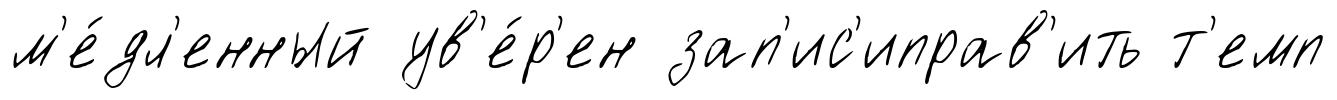
м'е́дл'енный ув'е́р'ен зап'ис'иправ'ить т'емп